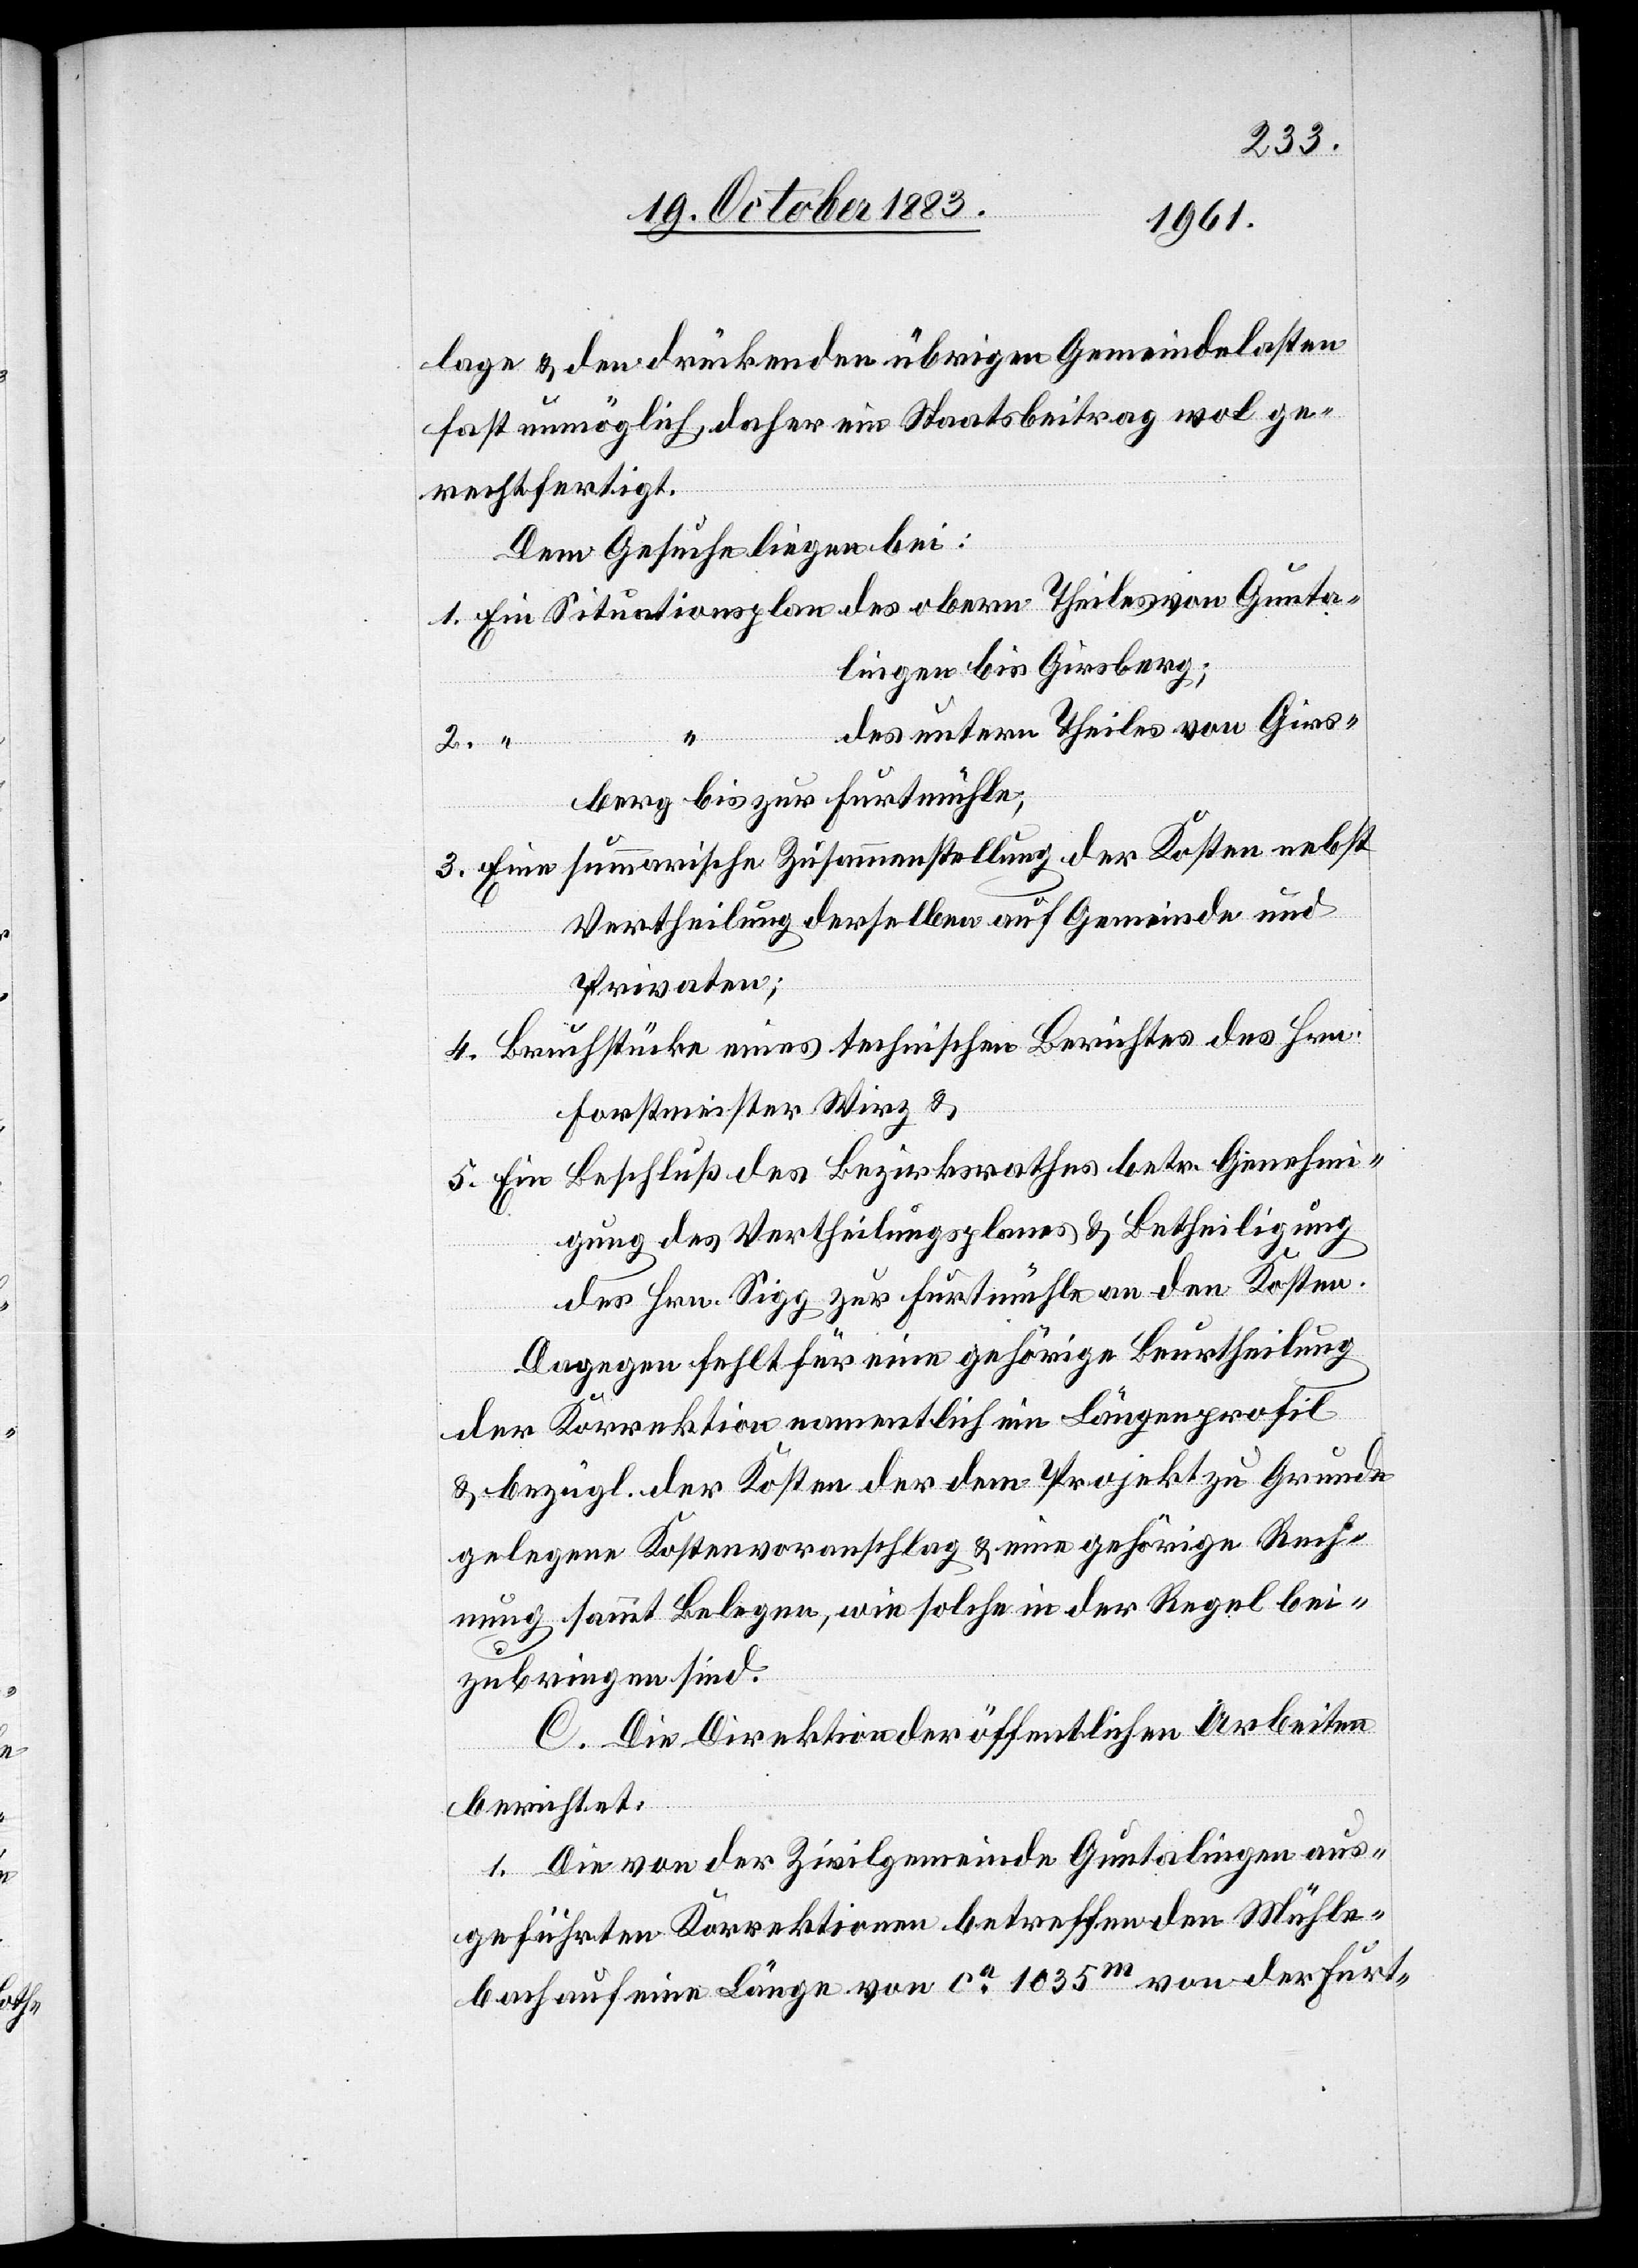
lage & den drückenden übrigen Gemeindelasten
fast unmöglich, daher ein Staatsbeitrag wol ge¬
rechtfertigt.
Dem Gesuch liegen bei:
1. Ein Situationsplan des obern Theiles von Gunta¬
lingen bis Girsberg;
des untern Theiles von Girs¬
2. “
berg bis zur Furtmühle;
summarische Zusammenstellung der Kosten nebst
3. Eine
Vertheilung derselben auf Gemeinde und
Privaten;
4. Bruchstücke eines technischen Berichtes des Hrn.
Forstmeister Wirz &
Beschluß des Bezirksrathes betr. Genehmi¬
5. Ein
gung des Vertheilungsplanes & Betheiligung
des Hrn. Sigg zur Furtmühle an den Kosten.
Dagegen fehlt für eine gehörige Beurtheilung
der Korrektion namentlich ein Längenprofil
& bezügl. der Kosten der dem Projekt zu Grunde
gelegene Kostenvoranschlag & eine gehörige Rech¬
nung sammt Belegen, wie solche in der Regel bei¬
zubringen sind.
C. Die Direktion der öffentlichen Arbeiten
berichtet:
1. Die von der Zivilgemeinde Guntalingen aus¬
geführten Korrektionen betreffenden Mühle¬
bach auf eine Länge von ca 1035 m von der Furt-